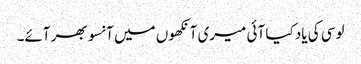
لوسی کی یاد کیا آئی میری آنکھوں میں آنسو بھر آئے۔